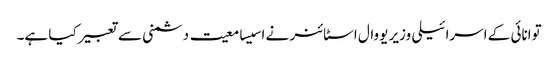
توانائی کے اسرائیلی وزیر یووال اسٹائنر نے اسیسامعیت دشمنی سے تعبیر کیا ہے۔